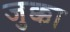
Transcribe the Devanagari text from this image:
जुक्का